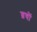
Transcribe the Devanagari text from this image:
व्रषों